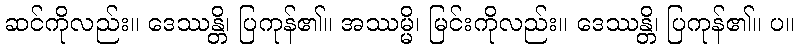
ဆင်ကိုလည်း။ ဒေဿန္တိ၊ ပြကုန်၏။ အဿမ္မိ၊ မြင်းကိုလည်း။ ဒေဿန္တိ၊ ပြကုန်၏။ ပ။